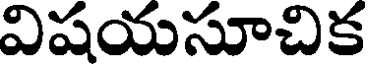
విషయసూచిక